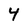
Character: 4